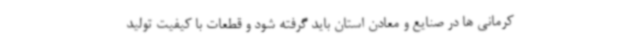
کرمانی ها در صنایع و معادن استان باید گرفته شود و قطعات با کیفیت تولید